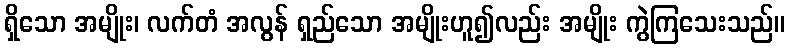
ရှိသော အမျိုး၊ လက်တံ အလွန် ရှည်သော အမျိုးဟူ၍လည်း အမျိုး ကွဲကြသေးသည်။